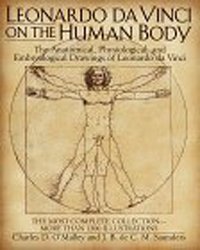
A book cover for Leonardo da Vinci on the Human Body: The Anatomical, Physiological, and Embryological Drawings of Leonardo da Vinci; Arts & Photography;